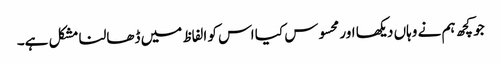
جو کچھ ہم نے وہاں دیکھا اور محسوس کیا اس کو الفاظ میں ڈھالنا مشکل ہے۔